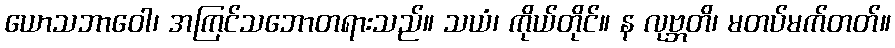
ယောသဘာဝေါ၊ အကြင်သဘောတရားသည်။ သယံ၊ ကိုယ်တိုင်။ န လုဗ္ဘတိ၊ မတပ်မက်တတ်။